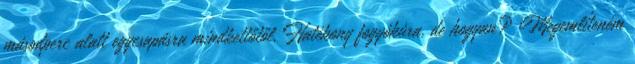
másodperc alatt egycsapásra mindkettőtől. Hatékony fogyókúra, de hogyan? Megemlíteném